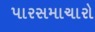
પારસમાચારો